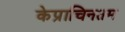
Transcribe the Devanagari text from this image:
केप्राचिनतम